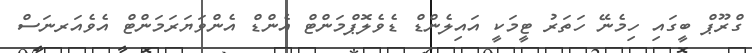
ގްރޫޕް ބީގައި ހިމެނޭ ހަތަރު ޓީމަކީ އައިލެންޑް ޑެވެލޮޕްމަންޓް އެންޑް އެންވަޔަރަމަންޓް އެވެއަރނަސް